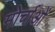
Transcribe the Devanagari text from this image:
मोर्चाओं